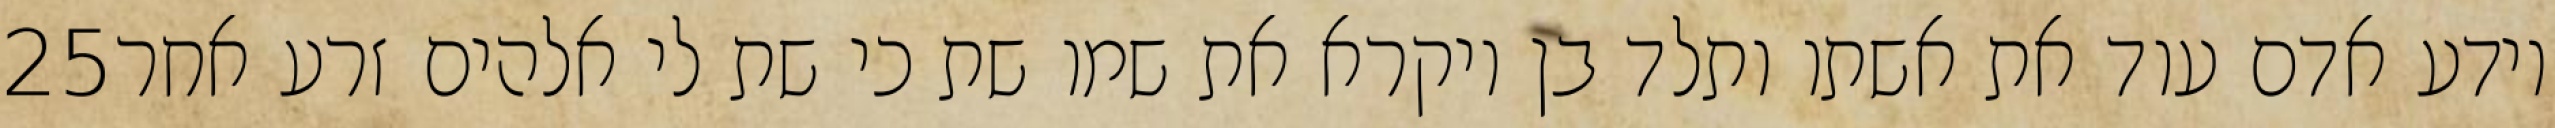
‎25‏ וידע אדם עוד את אשתו ותלד בן ויקרא את שמו שת כי שת לי אלהים זרע אחר